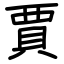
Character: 賈